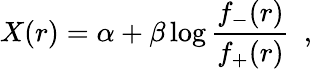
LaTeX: X(r)=\alpha+\beta\log\frac{f_{-}(r)}{f_{+}(r)}~~,